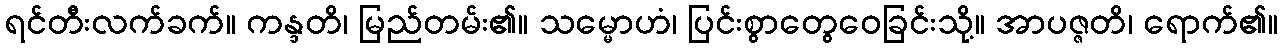
ရင်တီးလက်ခက်။ ကန္ဒတိ၊ မြည်တမ်း၏။ သမ္မောဟံ၊ ပြင်းစွာတွေဝေခြင်းသို့။ အာပဇ္ဇတိ၊ ရောက်၏။